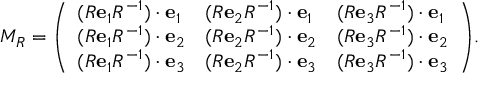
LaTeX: M _ { R } = { \left( \begin{array} { l l l } { ( R \mathbf { e } _ { 1 } R ^ { - 1 } ) \cdot \mathbf { e } _ { 1 } } & { ( R \mathbf { e } _ { 2 } R ^ { - 1 } ) \cdot \mathbf { e } _ { 1 } } & { ( R \mathbf { e } _ { 3 } R ^ { - 1 } ) \cdot \mathbf { e } _ { 1 } } \\ { ( R \mathbf { e } _ { 1 } R ^ { - 1 } ) \cdot \mathbf { e } _ { 2 } } & { ( R \mathbf { e } _ { 2 } R ^ { - 1 } ) \cdot \mathbf { e } _ { 2 } } & { ( R \mathbf { e } _ { 3 } R ^ { - 1 } ) \cdot \mathbf { e } _ { 2 } } \\ { ( R \mathbf { e } _ { 1 } R ^ { - 1 } ) \cdot \mathbf { e } _ { 3 } } & { ( R \mathbf { e } _ { 2 } R ^ { - 1 } ) \cdot \mathbf { e } _ { 3 } } & { ( R \mathbf { e } _ { 3 } R ^ { - 1 } ) \cdot \mathbf { e } _ { 3 } } \end{array} \right) } .